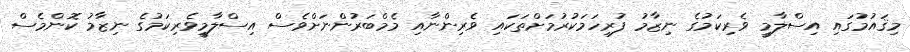
މިޤައުމުގައި އިސްލާމީ ވެރިކަމުގެ ނިޒާމު ފުރިހަމަކުރުމަށްތަކައި ވެރިންނާއި މެމްބަރުންނަށްވެސް އިސްލާމީވެރިކަމުގެ ނިޒާމު ކޮންމެސް